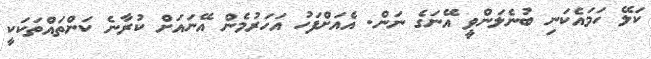
ކަލޭ ހަމައެކަނި ބުނެލަންވީ އޭނަގެ ނަން. އެއަށްފަހު އަހަރުމެން އޭނައަށް ކުރާނެ ކަންތައްތަކަކީ